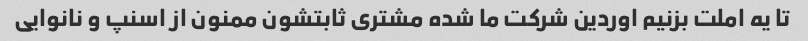
تا یه املت بزنیم اوردین شرکت ما شده مشتری ثابتشون ممنون از اسنپ و نانوایی